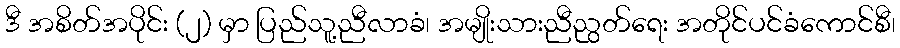
ဒီ အစိတ်အပိုင်း (၂) မှာ ပြည်သူ့ညီလာခံ၊ အမျိုးသားညီညွတ်ရေး အတိုင်ပင်ခံကောင်စီ၊